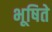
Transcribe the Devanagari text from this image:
भूषिते